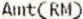
AMT(RM)